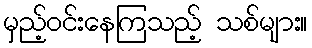
မှည့်ဝင်းနေကြသည့် သစ်များ။